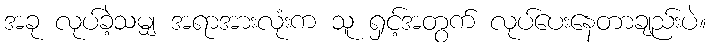
အခု လုပ်ခဲ့သမျှ အရာအားလုံးက သူ ရှင့်အတွက် လုပ်ပေးနေတာချည်းပဲ။